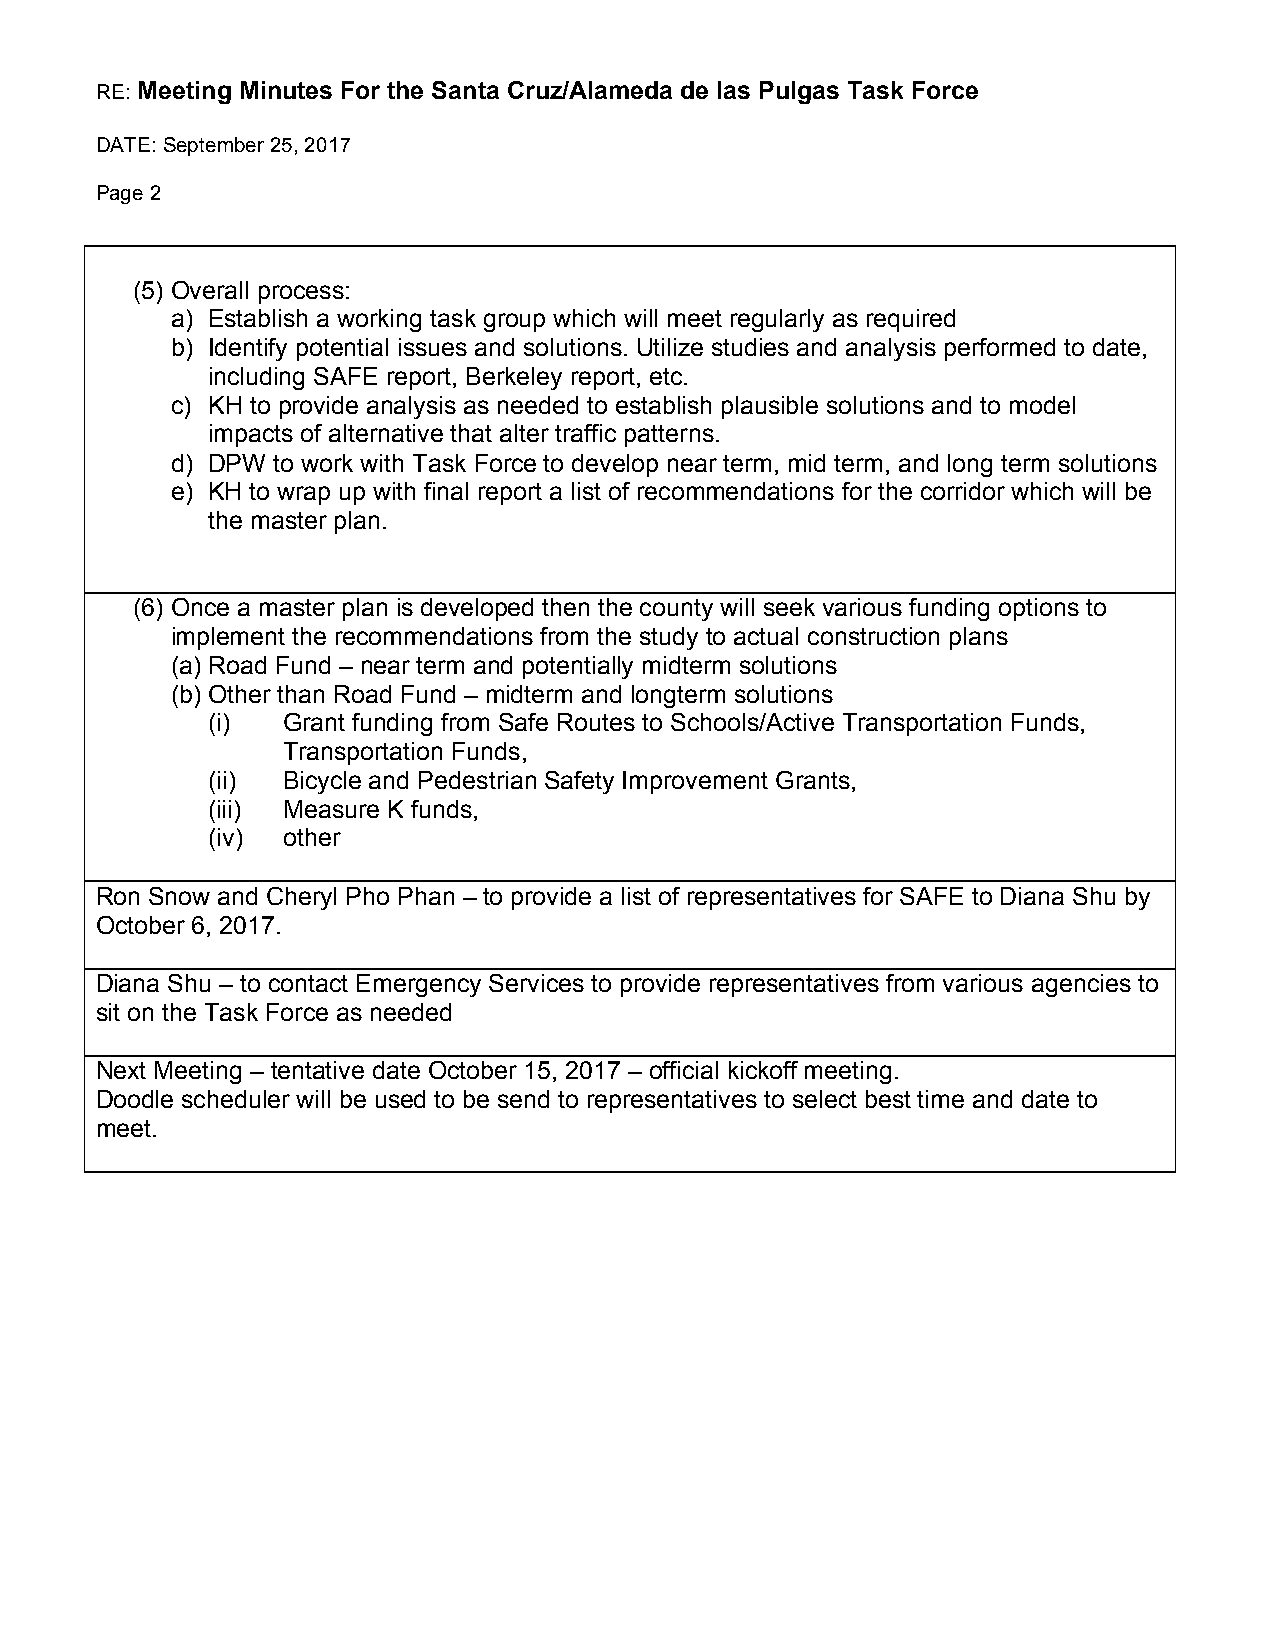
RE: Meeting Minutes For the Santa Cruz/Alameda de las Pulgas Task Force
 DATE: September 25, 2017
 Page 2
 (5) Overall process:
 a) Establish a working task group which will meet regularly as required
 b) Identify potential issues and solutions. Utilize studies and analysis performed to date,
 including SAFE report, Berkeley report, etc.
 c) KH to provide analysis as needed to establish plausible solutions and to model
 impacts of alternative that alter traffic patterns.
 d) DPW to work with Task Force to develop near term, mid term, and long term solutions
 e) KH to wrap up with final report a list of recommendations for the corridor which will be
 the master plan.
 (6) Once a master plan is developed then the county will seek various funding options to
 implement the recommendations from the study to actual construction plans
 (a) Road Fund – near term and potentially midterm solutions
 (b) Other than Road Fund – midterm and longterm solutions
 (i)  Grant funding from Safe Routes to Schools/Active Transportation Funds,
 Transportation Funds,
 (ii) Bicycle and Pedestrian Safety Improvement Grants,
 (iii) Measure K funds,
 (iv) other
 Ron Snow and Cheryl Pho Phan – to provide a list of representatives for SAFE to Diana Shu by
 October 6, 2017.
 Diana Shu – to contact Emergency Services to provide representatives from various agencies to
 sit on the Task Force as needed
 Next Meeting – tentative date October 15, 2017 – official kickoff meeting.
 Doodle scheduler will be used to be send to representatives to select best time and date to
 meet.